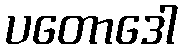
ပတောဒေါ